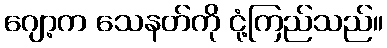
ဂျော့က သေနတ်ကို ငုံ့ကြည်သည်။